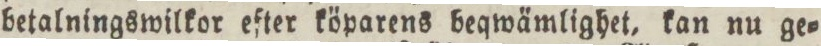
betalningswilkor efter köparens beqwämlighet, kan nu ge=